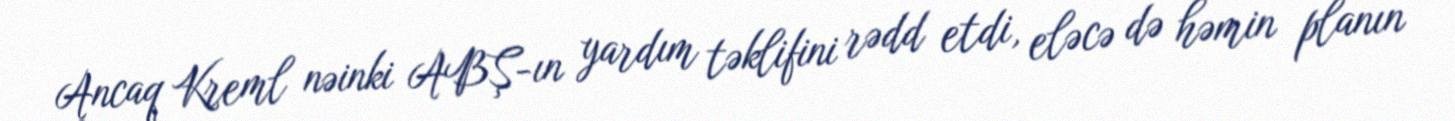
Ancaq Kreml nəinki ABŞ-ın yardım təklifini rədd etdi, eləcə də həmin planın